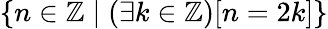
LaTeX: \{ n\in\mathbb{Z}\mid(\exists k\in\mathbb{Z})[n=2k]\}